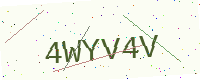
Text: 4WYV4V